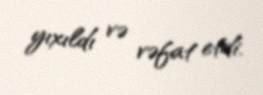
yıxıldı və vəfat etdi.